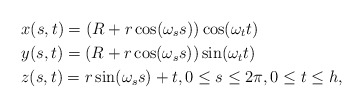
\begin{align*}&x(s,t)=(R+r\cos(\omega_s s)) \cos (\omega_t t)\\&y(s,t)=(R+r\cos(\omega_s s)) \sin (\omega_t t)\\&z(s,t)=r\sin(\omega_s s)+t, 0\le s\le 2\pi, 0\le t \le h,\end{align*}